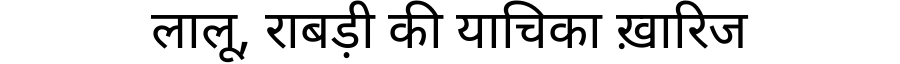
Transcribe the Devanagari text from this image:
लालू, राबड़ी की याचिका ख़ारिज